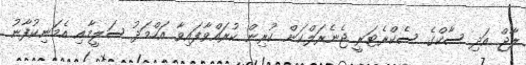
ލާޖް އަދި ސާކްގެ ސެކްރެޓަރީ ޖެނެރަލްކަން ކުރިން ކުރައްވާފައިވާ އަހްމަދު ސަލީމާއި އެމަނިކުފާނު